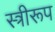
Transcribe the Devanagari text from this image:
स्त्रीरूप